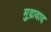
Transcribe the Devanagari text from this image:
मुद्रावाद